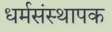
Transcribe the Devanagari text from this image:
धर्मसंस्थापक